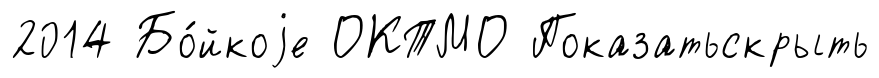
2014 Бо́йкоjе ОКТМО Показатьскрыть